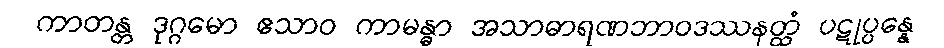
ကာတန္တ ဒုဂ္ဂမော ဧသာဝ ကာမန္ဓာ အသာဓာရဏဘာဝဒဿနတ္ထံ ပဋုပ္ပန္နေ